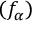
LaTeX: ( f _ { \alpha } )